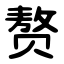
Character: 赘